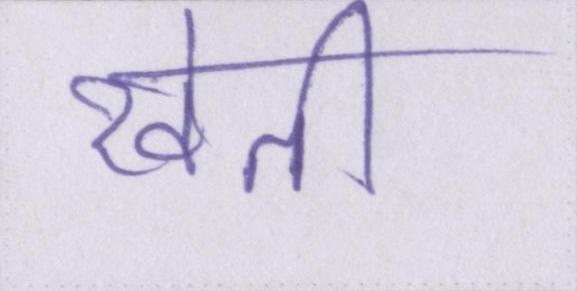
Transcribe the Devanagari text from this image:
खेती